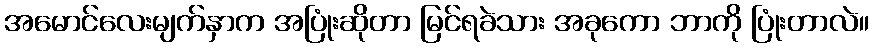
အမောင်လေးမျက်နှာက အပြုံးဆိုတာ မြင်ရခဲသား အခုကော ဘာကို ပြုံးတာလဲ။